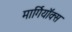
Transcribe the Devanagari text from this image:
मार्गियॉक्स